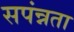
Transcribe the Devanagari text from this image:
सपंन्नता